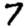
Digit: 7